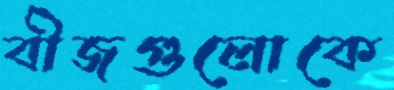
বীজগুলোকে